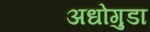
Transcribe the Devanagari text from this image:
अधोगुडा